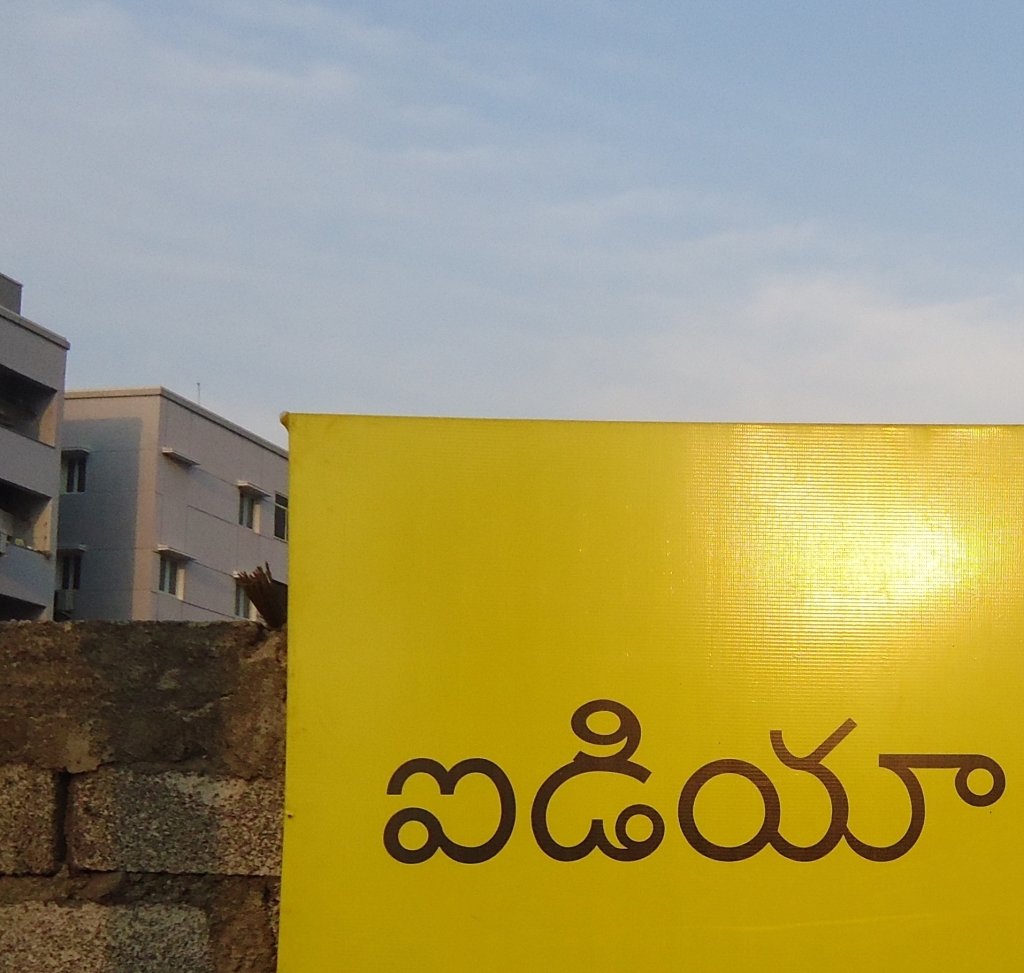
Language: telugu
Transcription: ఐడియా